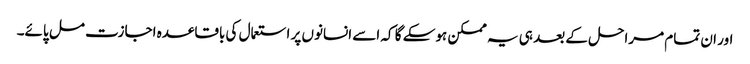
اور ان تمام مراحل کے بعد ہی یہ ممکن ہوسکے گا کہ اسے انسانوں پر استعمال کی باقاعدہ اجازت مل پائے۔